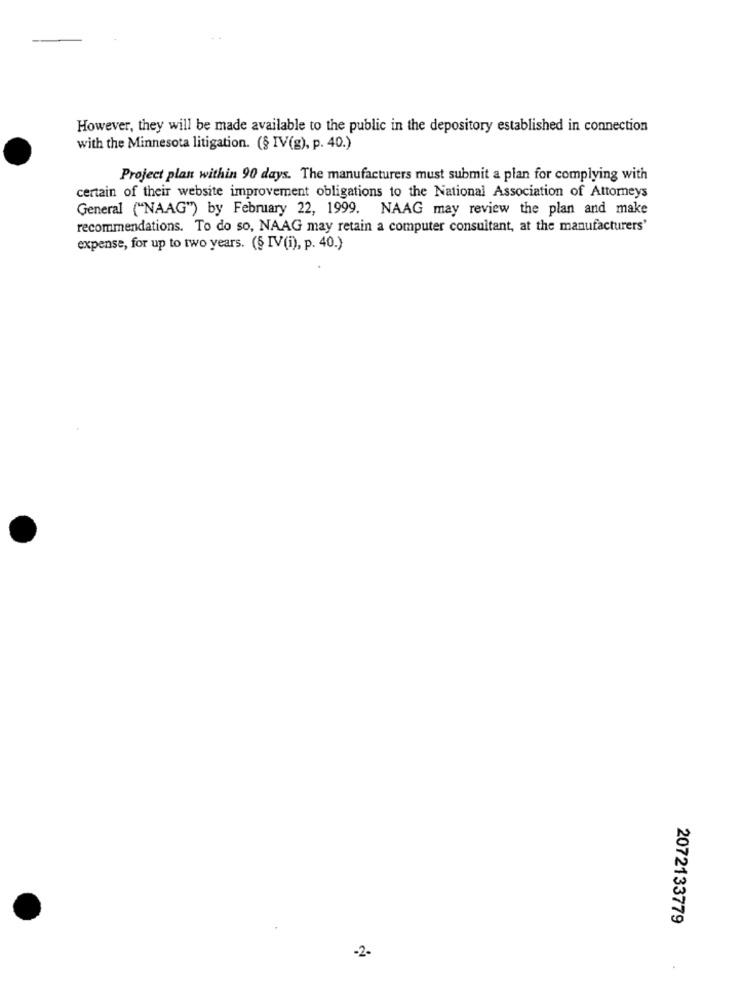
However, they will be made available to the public in the depository established in connection
with the Minnesota litigation. (§ IV(g), p. 40.)
Project plan within 90 days. The manufacturers must submit a plan for complying with
certain of their website improvement obligations to the National Association of Attorneys
General ("NAAG") by February 22, 1999. NAAG may review the plan and make
recommendations. To do so, NAAG may retain a computer consultant, at the manufacturers'
expense, for up to two years. (§ IV(i), p. 40.)
2072133779
-2-